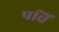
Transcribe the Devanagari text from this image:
पचि